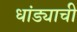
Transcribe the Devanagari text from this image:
धांड्याची